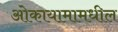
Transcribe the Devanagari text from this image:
ओकायामामधील